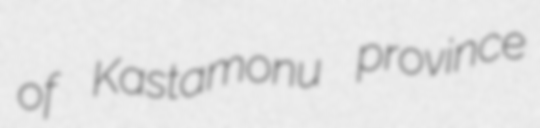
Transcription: of Kastamonu province